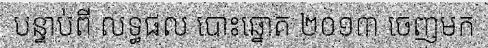
បន្ទាប់ពី លទ្ធផល បោះឆ្នោត ២០១៣ ចេញមក